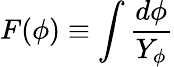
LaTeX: F(\phi)\equiv\int{\frac{d\phi}{Y_{\phi}}}